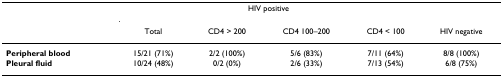
|  | <COLSPAN=4> HIV positive |  |
 |  | Total | CD4 > 200 | CD4 100–200 | CD4 < 100 | HIV negative |
 | --- | --- | --- | --- | --- | --- |
 | Peripheral blood | 15/21 (71%) | 2/2 (100%) | 5/6 (83%) | 7/11 (64%) | 8/8 (100%) |
 | Pleural fluid | 10/24 (48%) | 0/2 (0%) | 2/6 (33%) | 7/13 (54%) | 6/8 (75%) |